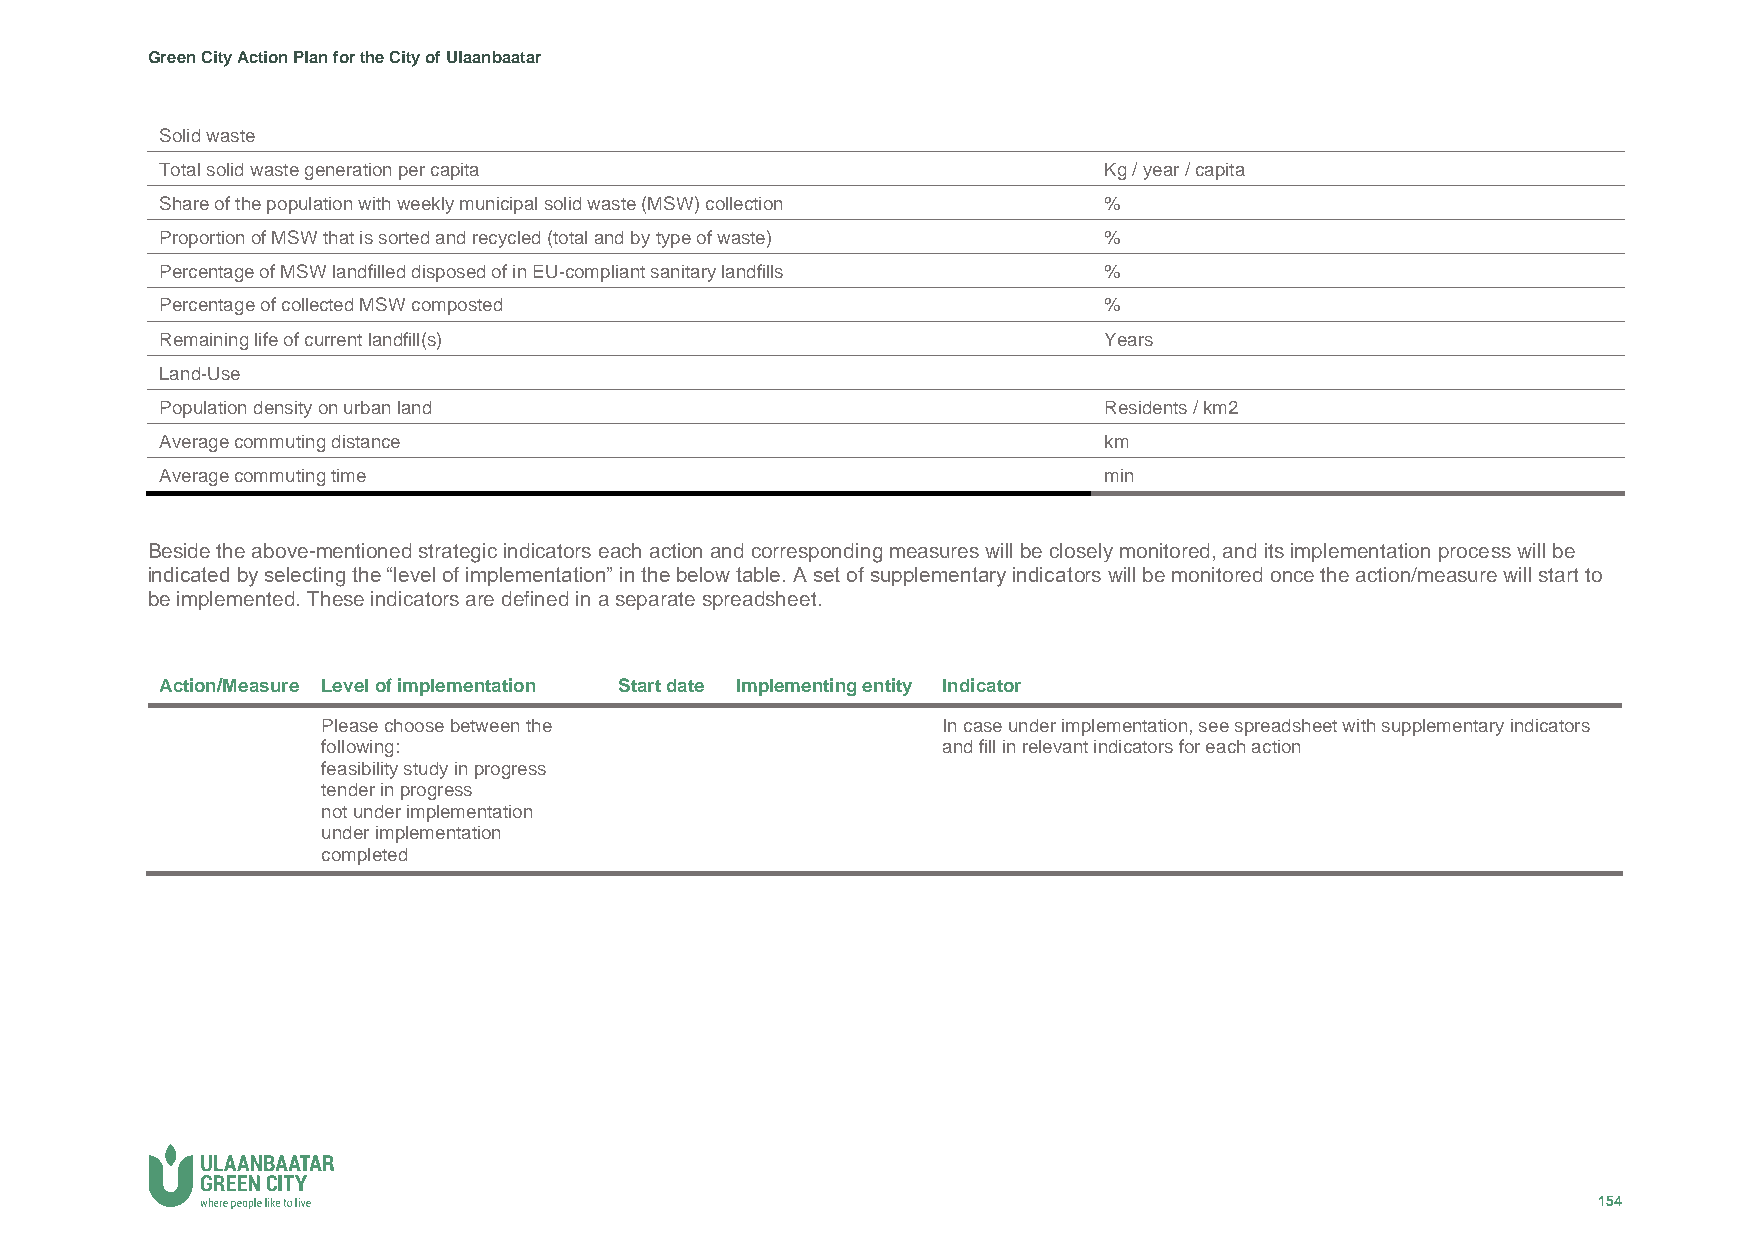
Green City Action Plan for the City of Ulaanbaatar
 Solid waste
 Total solid waste generation per capita                       Kg / year / capita
 Share of the population with weekly municipal solid waste (MSW) collection %
 Proportion of MSW that is sorted and recycled (total and by type of waste) %
 Percentage of MSW landfilled disposed of in EU-compliant sanitary landfills %
 Percentage of collected MSW composted                         %
 Remaining life of current landfill(s)                         Years
 Land-Use
 Population density on urban land                              Residents / km2
 Average commuting distance                                    km
 Average commuting time                                        min
 Beside the above-mentioned strategic indicators each action and corresponding measures will be closely monitored, and its implementation process will be
 indicated by selecting the “level of implementation” in the below table. A set of supplementary indicators will be monitored once the action/measure will start to
 be implemented. These indicators are defined in a separate spreadsheet.
 Action/Measure Level of implementation Start date Implementing entity Indicator
 Please choose between the                In case under implementation, see spreadsheet with supplementary indicators
 following:                               and fill in relevant indicators for each action
 feasibility study in progress
 tender in progress
 not under implementation
 under implementation
 c ompleted
 154